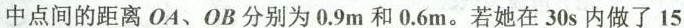
中点间的距离O A、OB分别为0.9m和0.6m。若她在30s内做了15